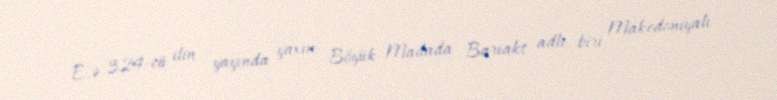
E.ə 324-cü ilin yayında yaxın Böyük Madada Bariaks adlı biri Makedoniyalı